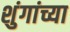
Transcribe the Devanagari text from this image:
शुंगांच्या